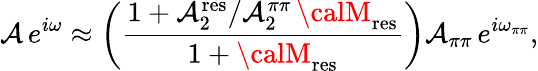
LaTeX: \mathcal{A}\, e^{i\omega}\approx\left(\frac{{1+\mathcal{A}_{2}^{\mathrm{{res}}}/\mathcal{A}_{2}^{\pi\pi}\, {\calM}_{\mathrm{{res}}}}}{{1+{\calM}_{\mathrm{{res}}}}}\right)\mathcal{A}_{\pi\pi}\, e^{i\omega_{\pi\pi}},